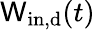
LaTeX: \mathsf{W}_{\mathrm{{in,d}}}(t)